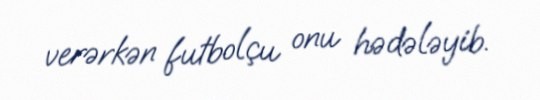
verərkən futbolçu onu hədələyib.